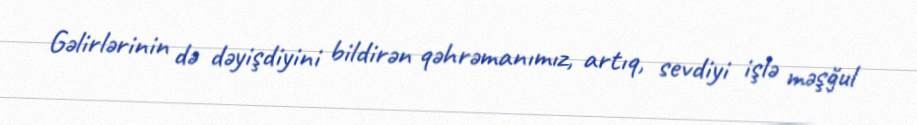
Gəlirlərinin də dəyişdiyini bildirən qəhrəmanımız, artıq, sevdiyi işlə məşğul